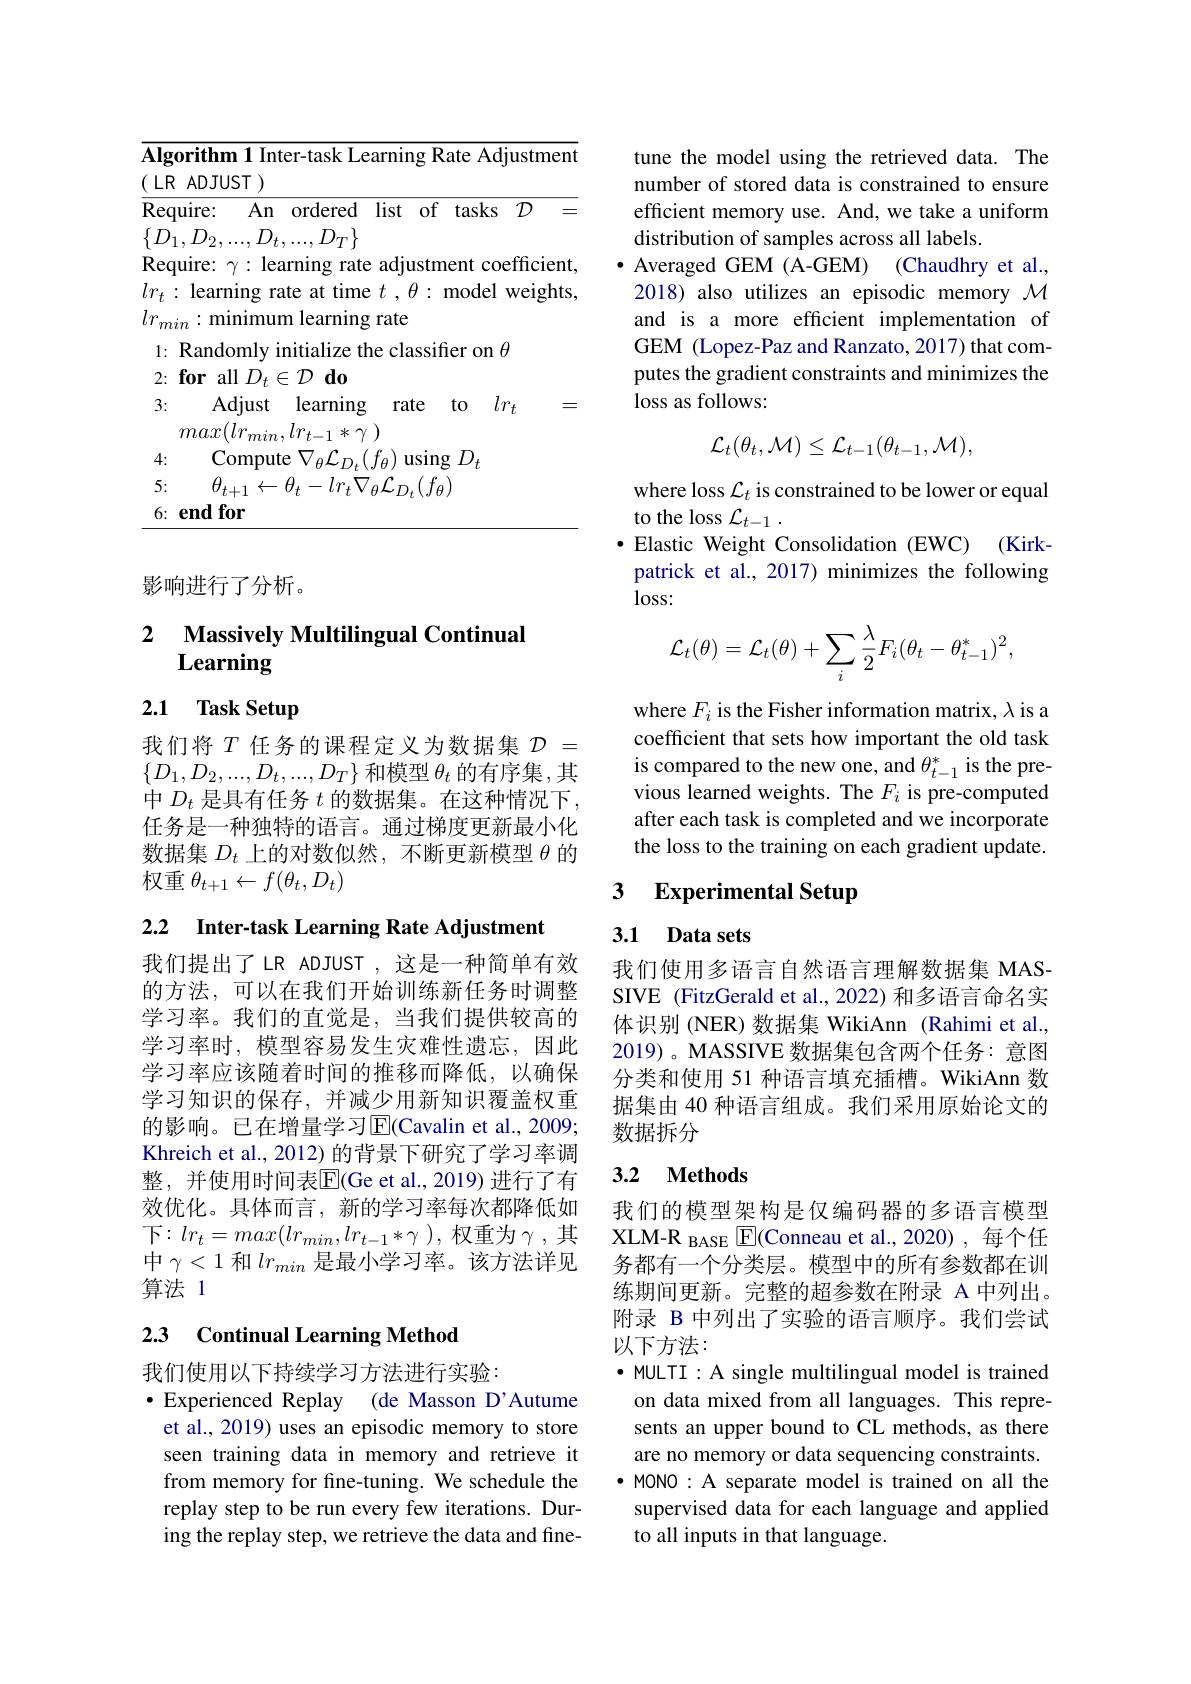
<table>
	<tbody>
		<tr>
			<td>$A$</td>
			<td>$\textbf{m 1 Inter- task Learning Rate Adjustment}$ $UST)$</td>
		</tr>
		<tr>
			<td> </td>
			<td>learning $lr_{t}$ $\Lambda djust$ rate to 二</td>
		</tr>
		<tr>
			<td> </td>
			<td>$( lr_{min}, lr_{t- 1}* \gamma$ )</td>
		</tr>
		<tr>
			<td> </td>
			<td>Compute $\nabla_{\theta}\mathcal{L}_{D_{t}}(f_{\theta})$ $\operatorname{using}D_{t}$</td>
		</tr>
		<tr>
			<td> </td>
			<td>$t-lr_{t}\nabla_{\theta}\mathcal{L}_{D_{t}}(f_{\theta})$ $H_{4}$</td>
		</tr>
		<tr>
			<td> </td>
			<td>for</td>
		</tr>
	</tbody>
</table>

影响进行了分析。

## 2 Massively Multilingual Continual Learning

## 2.1 Task Setup

我们将$T$任务的课程定义为数据集$\mathcal{D}=$ $\{D_1,D_2,...,D_t,...,D_T\}$和模型$\theta_t$的有序集，其中$D_t$是具有任务$t$的数据集。在这种情况下， 任务是一种独特的语言。通过梯度更新最小化数据集$D_t$上的对数似然，不断更新模型$\theta$的权重$\theta_t+1\leftarrow f(\theta_t,D_t)$

2.2 Inter-task Learning Rate Adjustment

我们提出了LR ADJUST,这是一种简单有效的方法，可以在我们开始训练新任务时调整学习率。我们的直觉是，当我们提供较高的学习率时，模型容易发生灾难性遗忘，因此学习率应该随着时间的推移而降低，以确保学习知识的保存，并减少用新知识覆盖权重的影响。已在增量学习$\overline{\mathrm{E}}($Cavalin et al., 2009; Khreich et al., 2012) 的背景下研究了学习率调整，并使用时间表$\overline{\mathrm{E}}($Ge et al.,2019)进行了有效优化。具体而言，新的学习率每次都降低如下$:lr_t=max(lr_{min},lr_{t-1}*\gamma$ ),权重为$\gamma$ ,其中$\gamma<1$和$lr_{min}$是最小学习率。该方法详见算法 1

### 2.3 Continual Learning Method

我们使用以下持续学习方法进行实验：
·Experienced Replay (de Masson D'Autume et al., 2019) uses an episodic memory to store seen training data in memory and retrieve it from memory for fine-tuning. We schedule the replay step to be run every few iterations. During the replay step, we retrieve the data and fine-

tune the model using the retrieved data. The number of stored data is constrained to ensure efficient memory use. And, we take a uniform distribution of samples across all labels.
$\bullet$ Averaged GEM (A-GEM) (Chaudhry et al., 2018) also utilizes an episodic memory $\mathcal{M}$ and is a more efficient implementation of GEM (Lopez-Paz and Ranzato, 2017) that computes the gradient constraints and minimizes the loss as follows:
$$\mathcal{L}_{t}(\theta_{t},\mathcal{M})\leq\mathcal{L}_{t-1}(\theta_{t-1},\mathcal{M}),$$
where loss $\mathcal{L}_t$ is constrained to be lower or equal
to the loss $\mathcal{L}_{t-1}.$
·Elastic Weight Consolidation (EWC) (Kirkpatrick et al., 2017) minimizes the following $loss:$
$$\begin{aligned}\mathcal{L}_t(\theta)=\mathcal{L}_t(\theta)+\sum_i\frac{\lambda}{2}F_i(\theta_t-\theta_{t-1}^*)^2,\end{aligned}$$
where $F_i$ is the Fisher information matrix, $\lambda$ is a coefficient that sets how important the old task is compared to the new one, and $\theta_{t-1}^*$ is the previous learned weights. The $F_i$ is pre-computed after each task is completed and we incorporate the loss to the training on each gradient update.

### 3 $\textbf{Experimental Setup}$

## 3.1 Data sets

我们使用多语言自然语言理解数据集 MASSIVE (FitzGerald et al., 2022) 和多语言命名实体识别 (NER) 数据集 WikiAnn (Rahimi et al. 2019)。MASSIVE 数据集包含两个任务：意图分类和使用 51 种语言填充插槽。WikiAnn 数据集由 40 种语言组成。我们采用原始论文的数据拆分

## 3.2 Methods

我们的模型架构是仅编码器的多语言模型XLM-R BASE $\boxed{\mathrm{F}}($Conneau et al.,2020),每个任务都有一个分类层。模型中的所有参数都在训练期间更新。完整的超参数在附录 A 中列出。附录 B 中列出了实验的语言顺序。我们尝试以下方法：
· MULTI : A single multilingual model is trained on data mixed from all languages. This represents an upper bound to CL methods, as there are no memory or data sequencing constraints. ·MONO: A separate model is trained on all the supervised data for each language and applied to all inputs in that language.